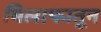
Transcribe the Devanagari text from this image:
मिलाफातून